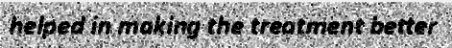
helped in making the treatment better